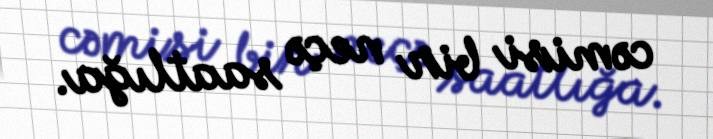
cəmisi bir neçə saatlığa.